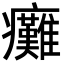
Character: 癱